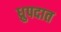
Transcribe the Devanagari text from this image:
ध्रुपदात